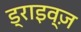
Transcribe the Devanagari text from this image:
ड्राइव्ज़